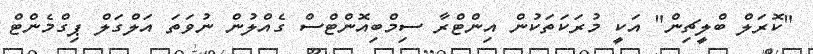
"ކޮރަލް ބްލީޗިން" އަކީ މުރަކަތަކުން އިންޓްރާ ސިމްބިއޮންޓްސް ގެއްލުން ނުވަތަ އަލްގަލް ޕިގްމެންޓް